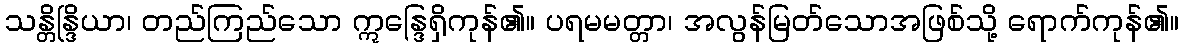
သန္တိန္ဒြိယာ၊ တည်ကြည်သော ဣန္ဒြေရှိကုန်၏။ ပရမမတ္တာ၊ အလွန်မြတ်သောအဖြစ်သို့ ရောက်ကုန်၏။